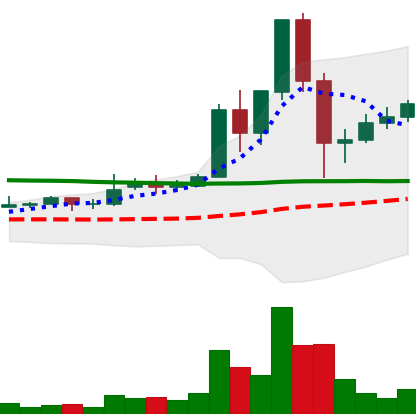
Ticker: DOGE-USD
Chart end date: 2020-11-30
Forward return: -4.337%
Label: down_3_5